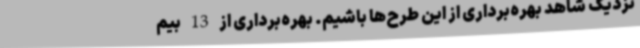
نزدیک شاهد بهره‌برداری از این طرح‌ها باشیم. بهره‌برداری از 13 بیم